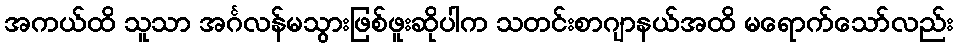
အကယ်ထိ သူသာ အင်္ဂလန်မသွားဖြစ်ဖူးဆိုပါက သတင်းစာဂျာနယ်အထိ မရောက်သော်လည်း